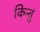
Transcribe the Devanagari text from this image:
किन्तुं